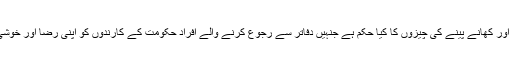
ان تحائف، پيسوں اور کھانے پينے کى چيزوں کا کيا حکم ہے جنہيں دفاتر سے رجوع کرنے والے افراد حکومت کے کارندوں کو اپنى رضا اور خوشى سے ديتے ہيں؟